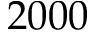
2 0 0 0